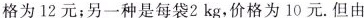
格为12元；另一种是每袋2kg，价格为10元.但由